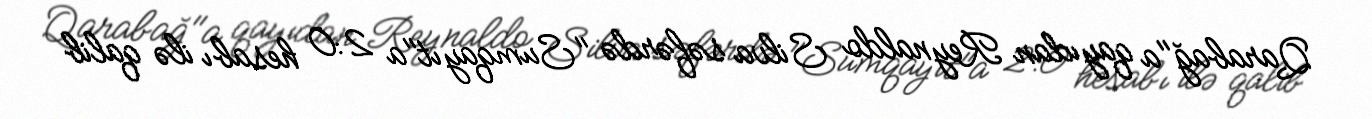
Qarabağ"a qayıdan Reynaldo Silva səfərdə "Sumqayıt"a 2:0 hesabı ilə qalib